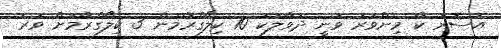
އެސޮރު ކާ މިންވަރު ވަނީ ދުވާލަކު 10 ކިލޯގްރާމުން 3 ކިލޯގްރާމަށް ވުރެ